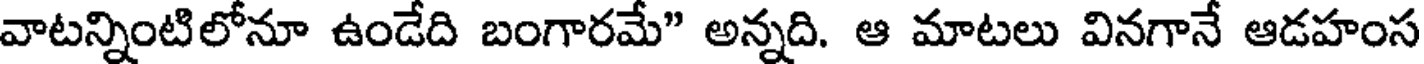
వాటన్నింటిలోనూ ఉండేది బంగారమే" అన్నది. ఆ మాటలు వినగానే ఆడహంస